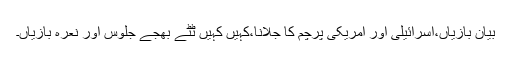
بیان بازیاں،اسرائیلی اور امریکی پرچم کا جلانا،کہیں کہیں ٹُٹے بھجے جلوس اور نعرہ بازیاں۔